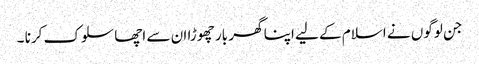
جن لوگوں نے اسلام کے لیے اپنا گھر بار چھوڑا ان سے اچھا سلوک کرنا ۔